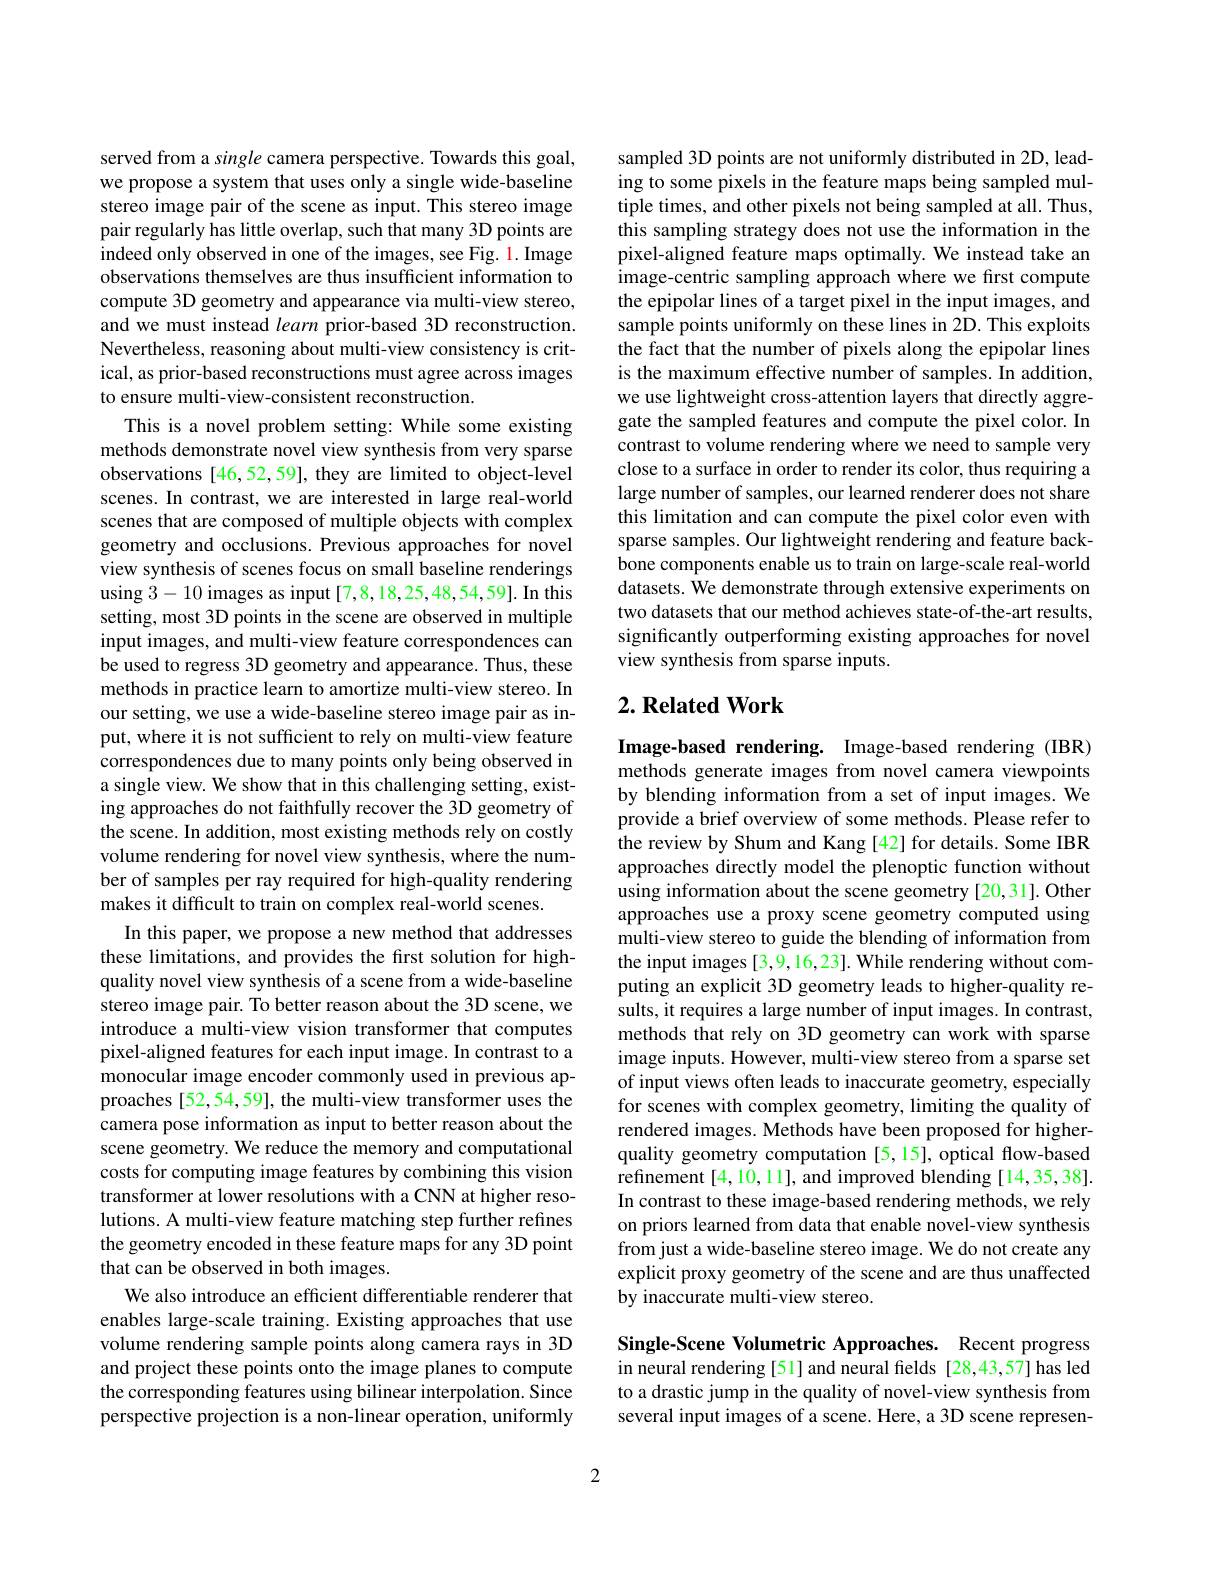
served from a single camera perspective. Towards this goal, we propose a system that uses only a single wide-baseline stereo image pair of the scene as input. This stereo image pair regularly has little overlap, such that many 3D points are indeed only observed in one of the images, see Fig. 1. Image observations themselves are thus insufficient information to compute 3D geometry and appearance via multi-view stereo, and we must instead learn prior-based 3D reconstruction. Nevertheless, reasoning about multi-view consistency is critical, as prior-based reconstructions must agree across images to ensure multi-view-consistent reconstruction.
This is a novel problem setting: While some existing methods demonstrate novel view synthesis from very sparse observations [46,52,59], they are limited to object-level scenes. In contrast, we are interested in large real-world scenes that are composed of multiple objects with complex geometry and occlusions. Previous approaches for novel view synthesis of scenes focus on small baseline renderings using 3-10 images as input [7,8,18,25,48,54,59]. In this setting, most 3D points in the scene are observed in multiple input images, and multi-view feature correspondences can be used to regress 3D geometry and appearance. Thus, these methods in practice learn to amortize multi-view stereo. In our setting, we use a wide-baseline stereo image pair as input, where it is not sufficient to rely on multi-view feature correspondences due to many points only being observed in a single view. We show that in this challenging setting, existing approaches do not faithfully recover the 3D geometry of the scene. In addition, most existing methods rely on costly volume rendering for novel view synthesis, where the number of samples per ray required for high-quality rendering makes it difficult to train on complex real-world scenes.
In this paper, we propose a new method that addresses these limitations, and provides the first solution for highquality novel view synthesis of a scene from a wide-baseline stereo image pair. To better reason about the 3D scene, we introduce a multi-view vision transformer that computes pixel-aligned features for each input image. In contrast to a monocular image encoder commonly used in previous approaches [52,54,59], the multi-view transformer uses the camera pose information as input to better reason about the scene geometry. We reduce the memory and computational costs for computing image features by combining this vision transformer at lower resolutions with a CNN at higher resolutions. A multi-view feature matching step further refines the geometry encoded in these feature maps for any 3D point that can be observed in both images.
We also introduce an efficient differentiable renderer that enables large-scale training. Existing approaches that use volume rendering sample points along camera rays in 3D and project these points onto the image planes to compute the corresponding features using bilinear interpolation. Since perspective projection is a non-linear operation, uniformly

sampled 3D points are not uniformly distributed in 2D, leading to some pixels in the feature maps being sampled multiple times, and other pixels not being sampled at all. Thus, this sampling strategy does not use the information in the pixel-aligned feature maps optimally. We instead take an image-centric sampling approach where we first compute the epipolar lines of a target pixel in the input images, and sample points uniformly on these lines in 2D. This exploits the fact that the number of pixels along the epipolar lines is the maximum effective number of samples. In addition, we use lightweight cross-attention layers that directly aggregate the sampled features and compute the pixel color. In contrast to volume rendering where we need to sample very close to a surface in order to render its color, thus requiring a large number of samples, our learned renderer does not share this limitation and can compute the pixel color even with sparse samples. Our lightweight rendering and feature backbone components enable us to train on large-scale real-world datasets. We demonstrate through extensive experiments on two datasets that our method achieves state-of-the-art results, significantly outperforming existing approaches for novel view synthesis from sparse inputs.

## $2. \textbf{Related Work}$

Image-based rendering. Image-based rendering (IBR) methods generate images from novel camera viewpoints by blending information from a set of input images. We provide a brief overview of some methods. Please refer to the review by Shum and Kang [42] for details. Some IBR approaches directly model the plenoptic function without using information about the scene geometry [20,31]. Other approaches use a proxy scene geometry computed using multi-view stereo to guide the blending of information from the input images [3,9,16,23]. While rendering without computing an explicit 3D geometry leads to higher-quality results, it requires a large number of input images. In contrast, methods that rely on 3D geometry can work with sparse image inputs. However, multi-view stereo from a sparse set of input views often leads to inaccurate geometry, especially for scenes with complex geometry, limiting the quality of rendered images. Methods have been proposed for higherquality geometry computation [5,15], optical flow-based refinement [4,10,11], and improved blending [14,35,38]. In contrast to these image-based rendering methods, we rely on priors learned from data that enable novel-view synthesis from just a wide-baseline stereo image. We do not create any explicit proxy geometry of the scene and are thus unaffected by inaccurate multi-view stereo.

Single-Scene Volumetric Approaches. Recent progress in neural rendering [51] and neural fields [28,43,57] has led to a drastic jump in the quality of novel-view synthesis from several input images of a scene. Here, a 3D scene represen-

2